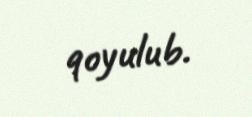
qoyulub.